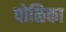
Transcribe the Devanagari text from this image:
पोळिका